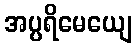
အပ္ပရိမေယျေ